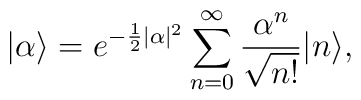
|\alpha\rangle=e^{-\frac12|\alpha|^2}\sum_{n=0}^{\infty} \frac{\alpha^n}{\sqrt{n!}}|n\rangle,